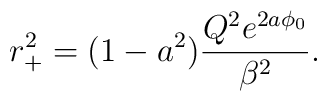
r_+^2 =(1-a^2)\frac{Q^2e^{2a\phi_0}}{\beta^2}.